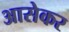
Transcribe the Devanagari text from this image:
आसेकर